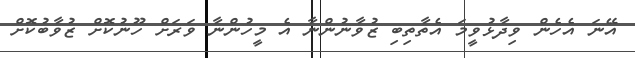
އޭނަ އެހެން ވިދާޅުވީމަ އެތާތިބި ޒުވާނުންނާ އެ މީހުންނާ ވަރަށް ހޫނުކޮށް ޒުވާބުކޮށް